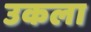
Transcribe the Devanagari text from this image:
उकला